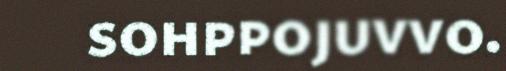
sohppojuvvo.